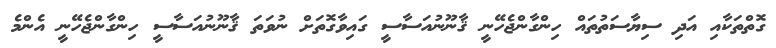
ގޮތްތަކާއި އަދި ސިޔާސަތުތައް ހިންގާންޖެހޭނީ ޤާނޫނުއަސާސީ ގައިވާގޮތަށް ނުވަތަ ޤާނޫނުއަސާސީ ހިންގާންޖެހޭނީ އެންމެ